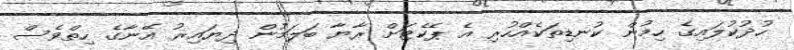
ހުދުކުލައިގެ ހިމުން ކުނޑިތަކެއްހުރި އެ ޕެކެޓަށް ރާޔާ ބަލަމުން ދިޔައިރު އޭނާގެ ހިތްވެސް